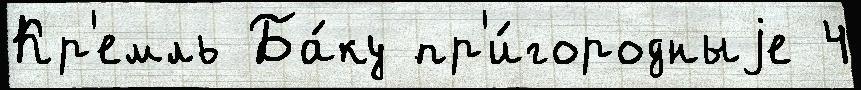
Кр'емль Ба́ку пр'и́городныjе 4